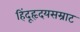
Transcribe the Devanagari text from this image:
हिंदूहृदयसम्राट